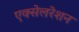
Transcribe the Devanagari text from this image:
एक्‍सेलरेशन